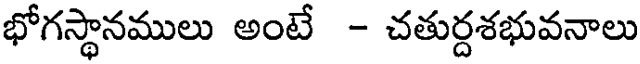
భోగస్థానములు అంటే - చతుర్దశభువనాలు